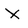
Character: X